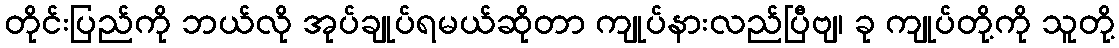
တိုင်းပြည်ကို ဘယ်လို အုပ်ချုပ်ရမယ်ဆိုတာ ကျုပ်နားလည်ပြီဗျ၊ ခု ကျုပ်တို့ကို သူတို့